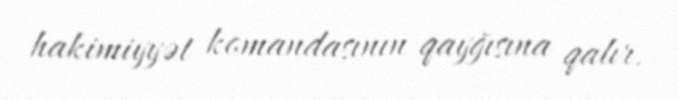
hakimiyyət komandasının qayğısına qalır.